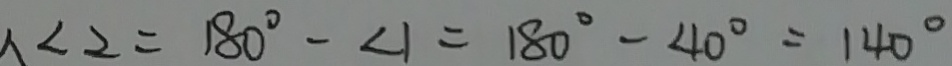
\angle 2 = 1 8 0 ^ { \circ } - \angle 1 = 1 8 0 ^ { \circ } - 4 0 ^ { \circ } = 1 4 0 ^ { \circ }